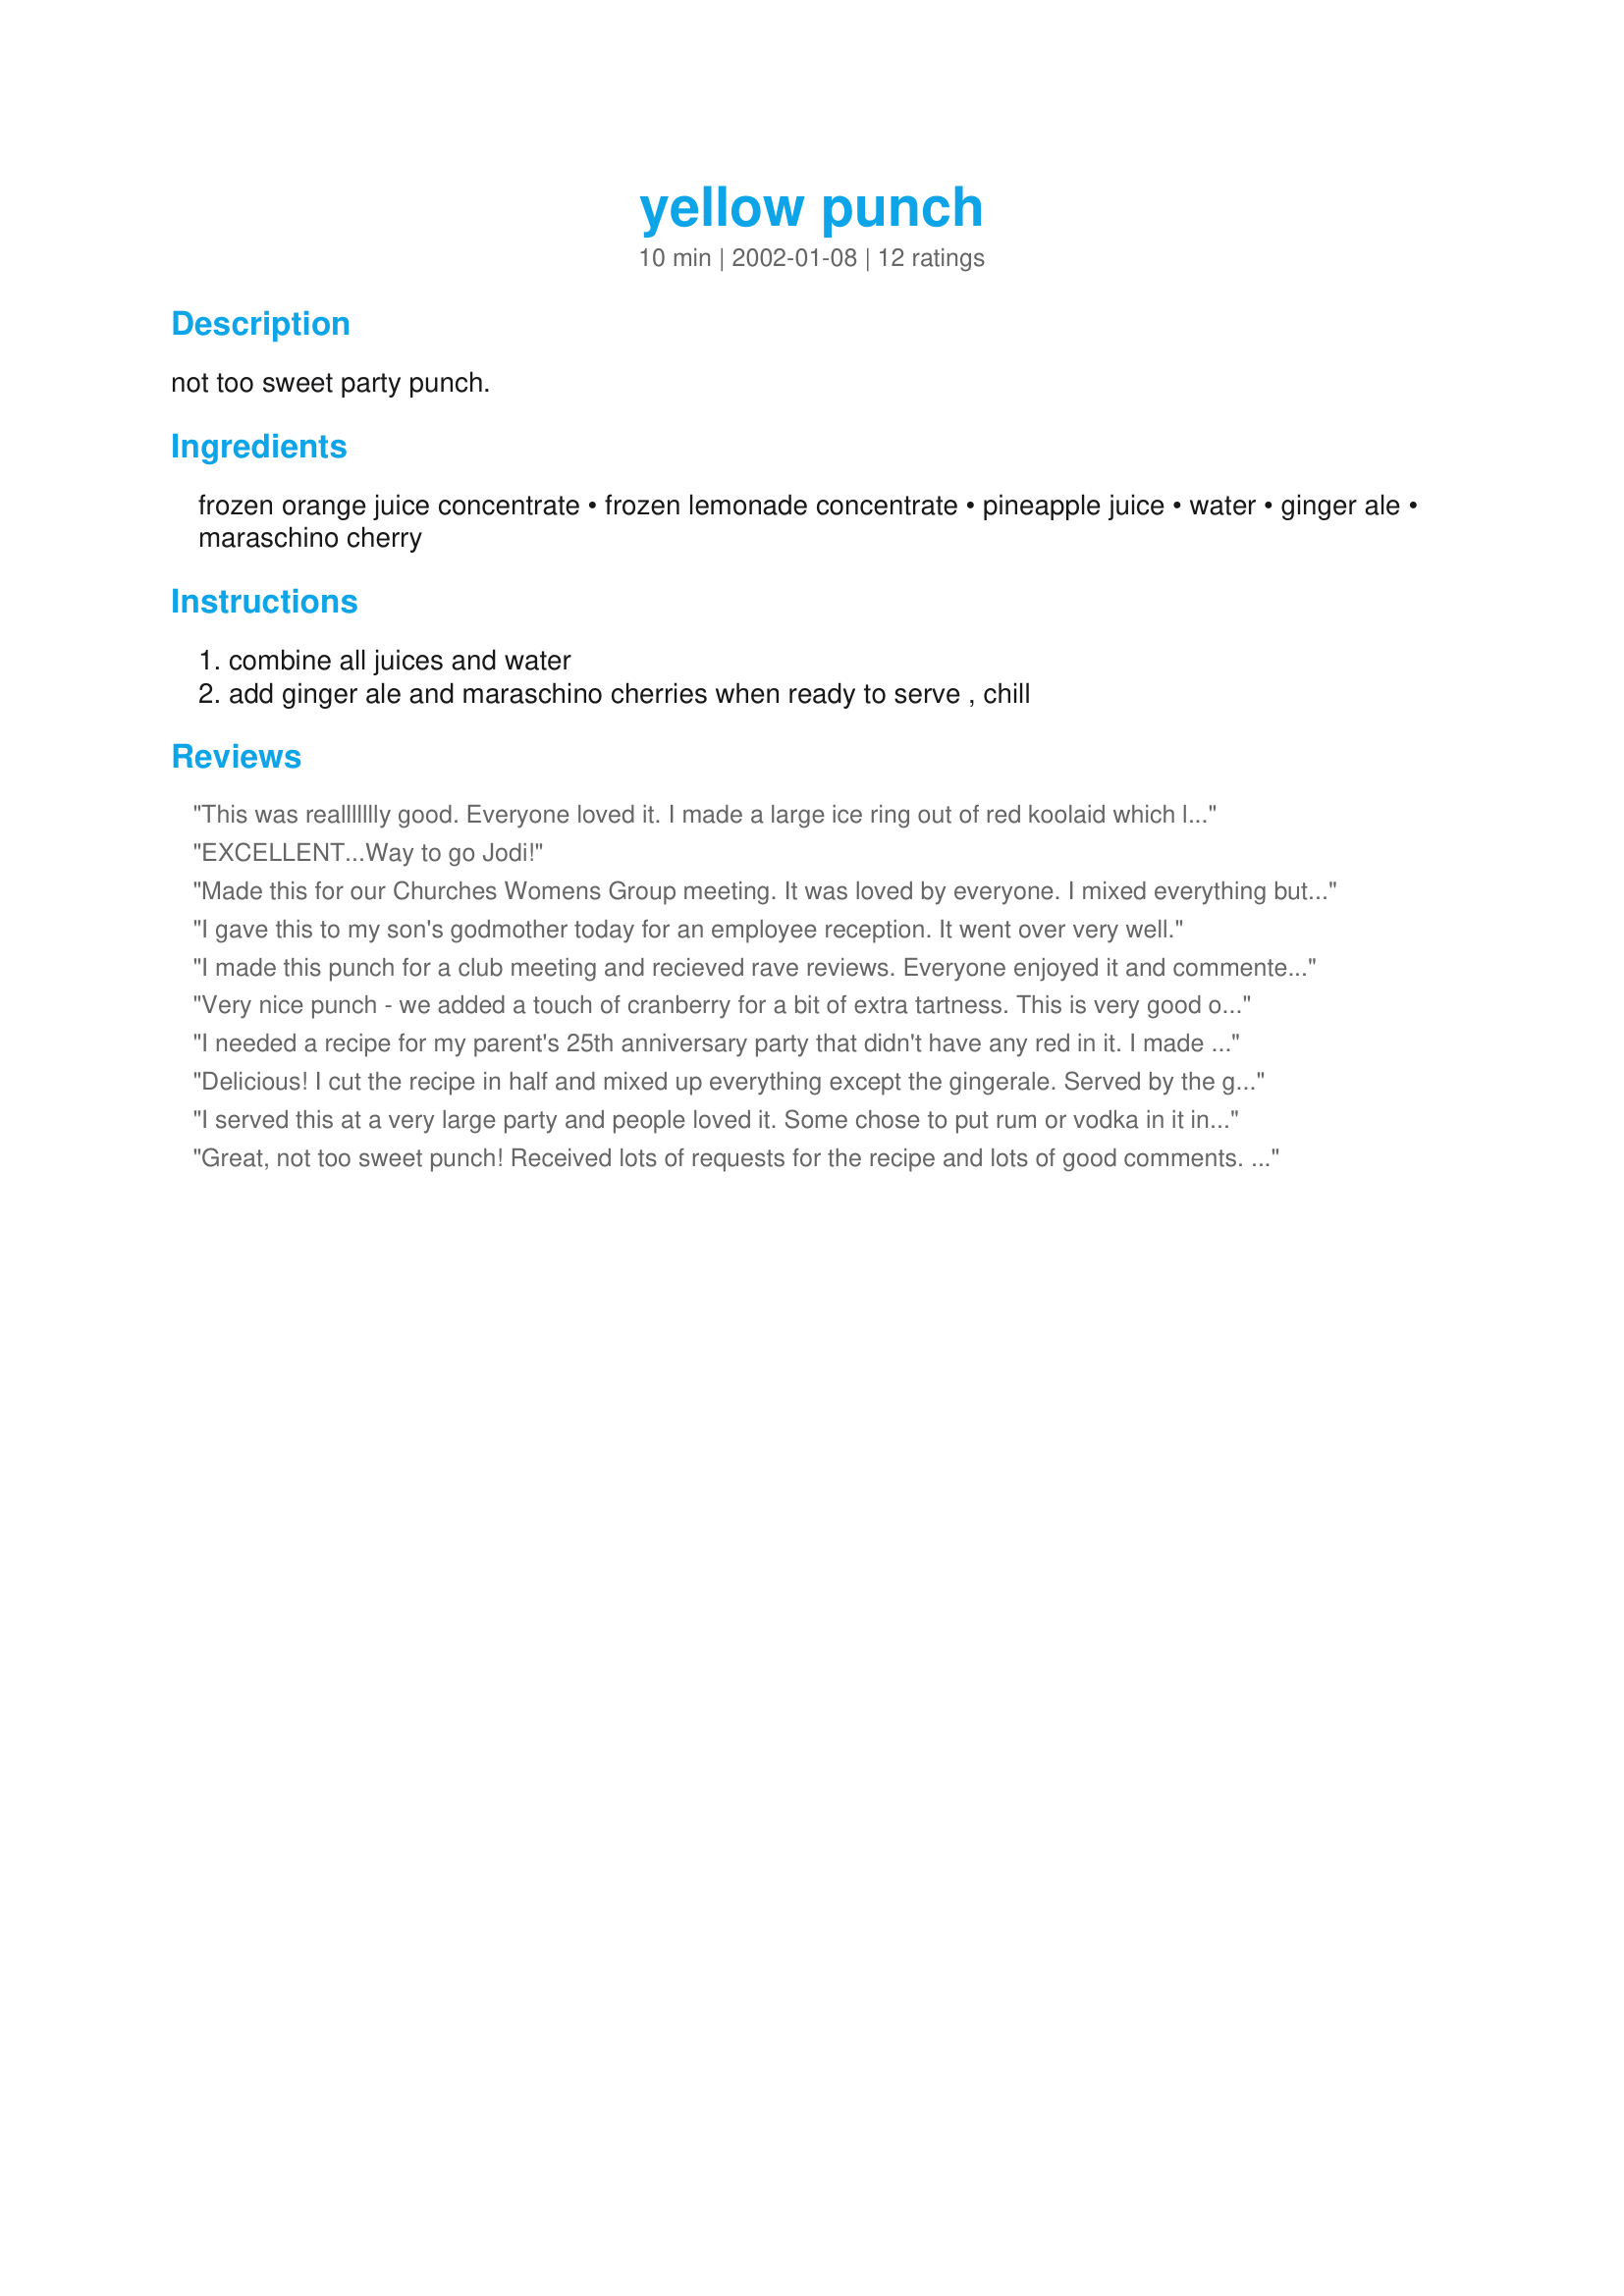
yellow punch
Preparation time: 10 minutes

not too sweet party punch.

Ingredients:
frozen orange juice concentrate, frozen lemonade concentrate, pineapple juice, water, ginger ale, maraschino cherry

Steps:
combine all juices and water, add ginger ale and maraschino cherries when ready to serve , chill

Reviews:
This was reallllllly good. Everyone loved it. I made a large ice ring out of red koolaid which looked very pretty in the yellow punch. It went very well with my oriental dinner.
EXCELLENT...Way to go Jodi!
Made this for our Churches Womens Group meeting. It was loved by everyone. I mixed everything but the soda beforehand. Great beverage, not too sweet.ITs a definate keeper!
I gave this to my son's godmother today for an employee reception. It went over very well.
I made this punch for a club meeting and recieved rave reviews. Everyone enjoyed it and commented on it not being sweet. Excellent and will use the recipe again. Easy to do.
Very nice punch - we added a touch of cranberry for a bit of extra tartness. This is very good on its own and is perfect for mixing with rum, vodka or tequila. Thanks for posting!
I needed a recipe for my parent's 25th anniversary party that didn't have any red in it. I made this a week before to test the flavor, and I give it five stars definitely. Even my 11 year old daughter liked it, and she's very picky. I believe that this will be a hit at the party. I'm going to make an ice ring with strawberries in it to float atop the punch. I think that will give it a nice bright color contrast. Thanks for the recipe!
Delicious! I cut the recipe in half and mixed up everything except the gingerale. Served by the glassful, we added half juice mixture to half gingerale. My kids love juice and this was something special, thanks!
I served this at a very large party and people loved it. Some chose to put rum or vodka in it instead of drinking a Margarita or Sangria, and it was a hit with them because it was not too tart or too sweet. I took the advice of using a kool-aid ice ring - perfect!
Great, not too sweet punch! Received lots of requests for the recipe and lots of good comments. Will make this my standard punch recipe.
Enjoyed by a crowd of 400 for graduation, low in calories, very easy to make, no leftovers, good to the last drop. Many comments made about this punch, this is the best punch ever served at graduation, so much better than the usual punch, and on and on.
Wonderful punch. Thanks so much for posting!
